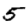
Digit: 5